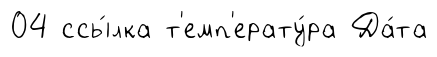
04 ссы́лка т'емп'ерату́ра Да́та